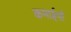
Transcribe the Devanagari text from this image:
कमाईयों